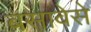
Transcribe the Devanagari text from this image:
बसावेसे